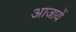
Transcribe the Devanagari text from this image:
आजायें